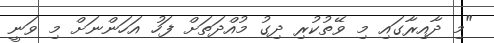
"މި ދާއިރާގައި މި ވޭތުކުރި ދިގު މުއްދަތަށް ފަހު އަހަންނަށް މި ވަނީ